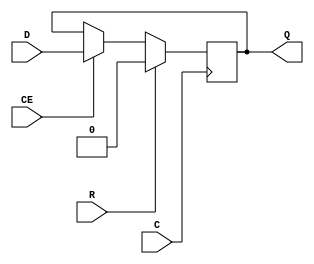
module FDRE_1 (
  output reg Q,
  (* clkbuf_sink *)
  input C,
  input CE,
  input D,
  input R
);
  parameter [0:0] INIT = 1'b0;
  initial Q <= INIT;
  always @(negedge C) if (R) Q <= 1'b0; else if (CE) Q <= D;
  specify
    // https://github.com/SymbiFlow/prjxray-db/blob/23c8b0851f979f0799318eaca90174413a46b257/artix7/timings/slicel.sdf#L249
    $setup(D , negedge C &&& CE, /*-46*/ 0); // Negative times not currently supported
    // https://github.com/SymbiFlow/prjxray-db/blob/23c8b0851f979f0799318eaca90174413a46b257/artix7/timings/slicel.sdf#L248
    $setup(CE, negedge C, 109);
    // https://github.com/SymbiFlow/prjxray-db/blob/23c8b0851f979f0799318eaca90174413a46b257/artix7/timings/slicel.sdf#L274
    $setup(R , negedge C, 404);    // https://github.com/SymbiFlow/prjxray-db/blob/34ea6eb08a63d21ec16264ad37a0a7b142ff6031/artix7/timings/CLBLL_L.sdf#L243
    if (R)        (negedge C => (Q : 1'b0)) = 303;
    if (!R && CE) (negedge C => (Q : D)) = 303;
  endspecify
endmodule